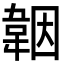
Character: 𩎪